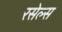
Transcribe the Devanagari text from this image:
रसेल्स